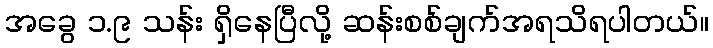
အခွေ ၁.၉ သန်း ရှိနေပြီလို့ ဆန်းစစ်ချက်အရသိရပါတယ်။